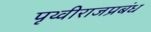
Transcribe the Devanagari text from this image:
पृथ्वीराजप्रबंध